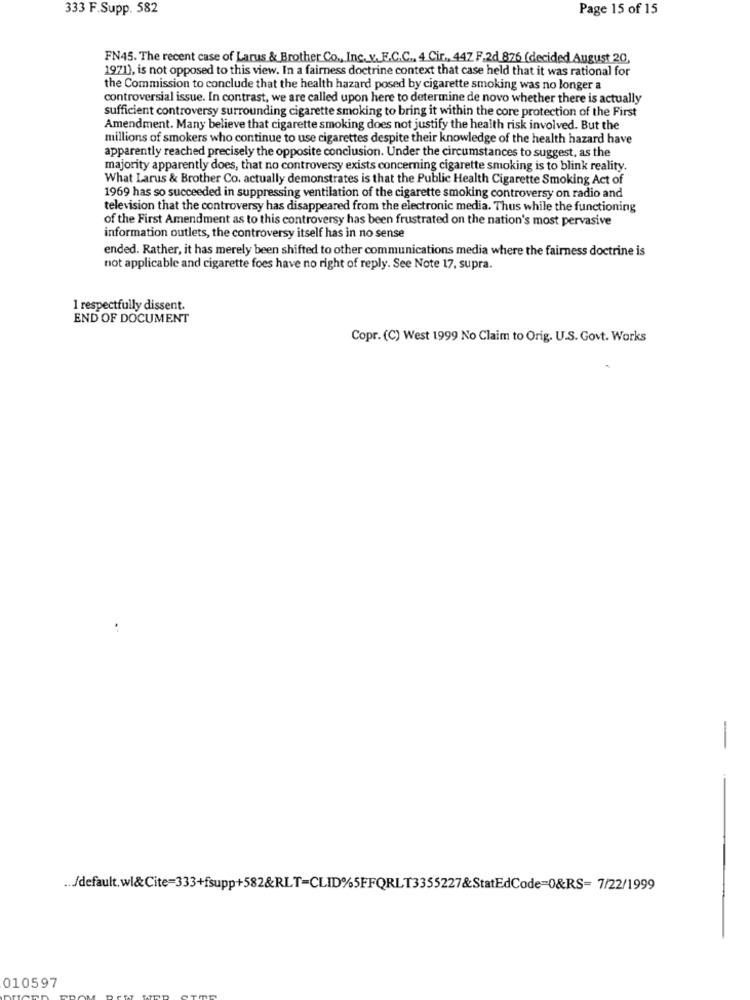
333 F.Supp. 582
Page 15 of 15
FN45. The recent case of Larus & Brother Co ., Inc.v.F.C.C ., 4 Cir ., 447 F.2d 876 (decided August 20,
1971), is not opposed to this view. In a fairness doctrine context that case held that it was rational for
the Commission to conclude that the health hazard posed by cigarette smoking was no longer a
controversial issue. In contrast, we are called upon here to determine de novo whether there is actually
sufficient controversy surrounding cigarette smoking to bring it within the core protection of the First
Amendment. Many believe that cigarette smoking does not justify the health risk involved. But the
millions of smokers who continue to use cigarettes despite their knowledge of the health hazard have
apparently reached precisely the opposite conclusion. Under the circumstances to suggest, as the
majority apparently does, that no controversy exists concerning cigarette smoking is to blink reality.
What Larus & Brother Co. actually demonstrates is that the Public Health Cigarette Smoking Act of
1969 has so succeeded in suppressing ventilation of the cigarette smoking controversy on radio and
television that the controversy has disappeared from the electronic media. Thus while the functioning
of the First Amendment as to this controversy has been frustrated on the nation's most pervasive
information outlets, the controversy itself has in no sense
ended. Rather, it has merely been shifted to other communications media where the fairness doctrine is
not applicable and cigarette foes have no right of reply. See Note 17, supra.
1 respectfully dissent.
END OF DOCUMENT
Copr. (C) West 1999 No Claim to Orig. U.S. Govt. Works
-
-
.. /default, wl&Cite=333+fsupp+582&RLT=CLID%5FFQRLT3355227&StatEdCode=0&RS= 7/22/1999
010597